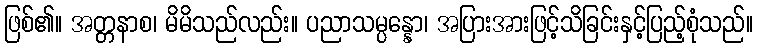
ဖြစ်၏။ အတ္တနာစ၊ မိမိသည်လည်း။ ပညာသမ္ပန္နော၊ အပြားအားဖြင့်သိခြင်းနှင့်ပြည့်စုံသည်။